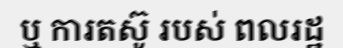
ឬ ការតស៊ូ របស់ ពលរដ្ឋ